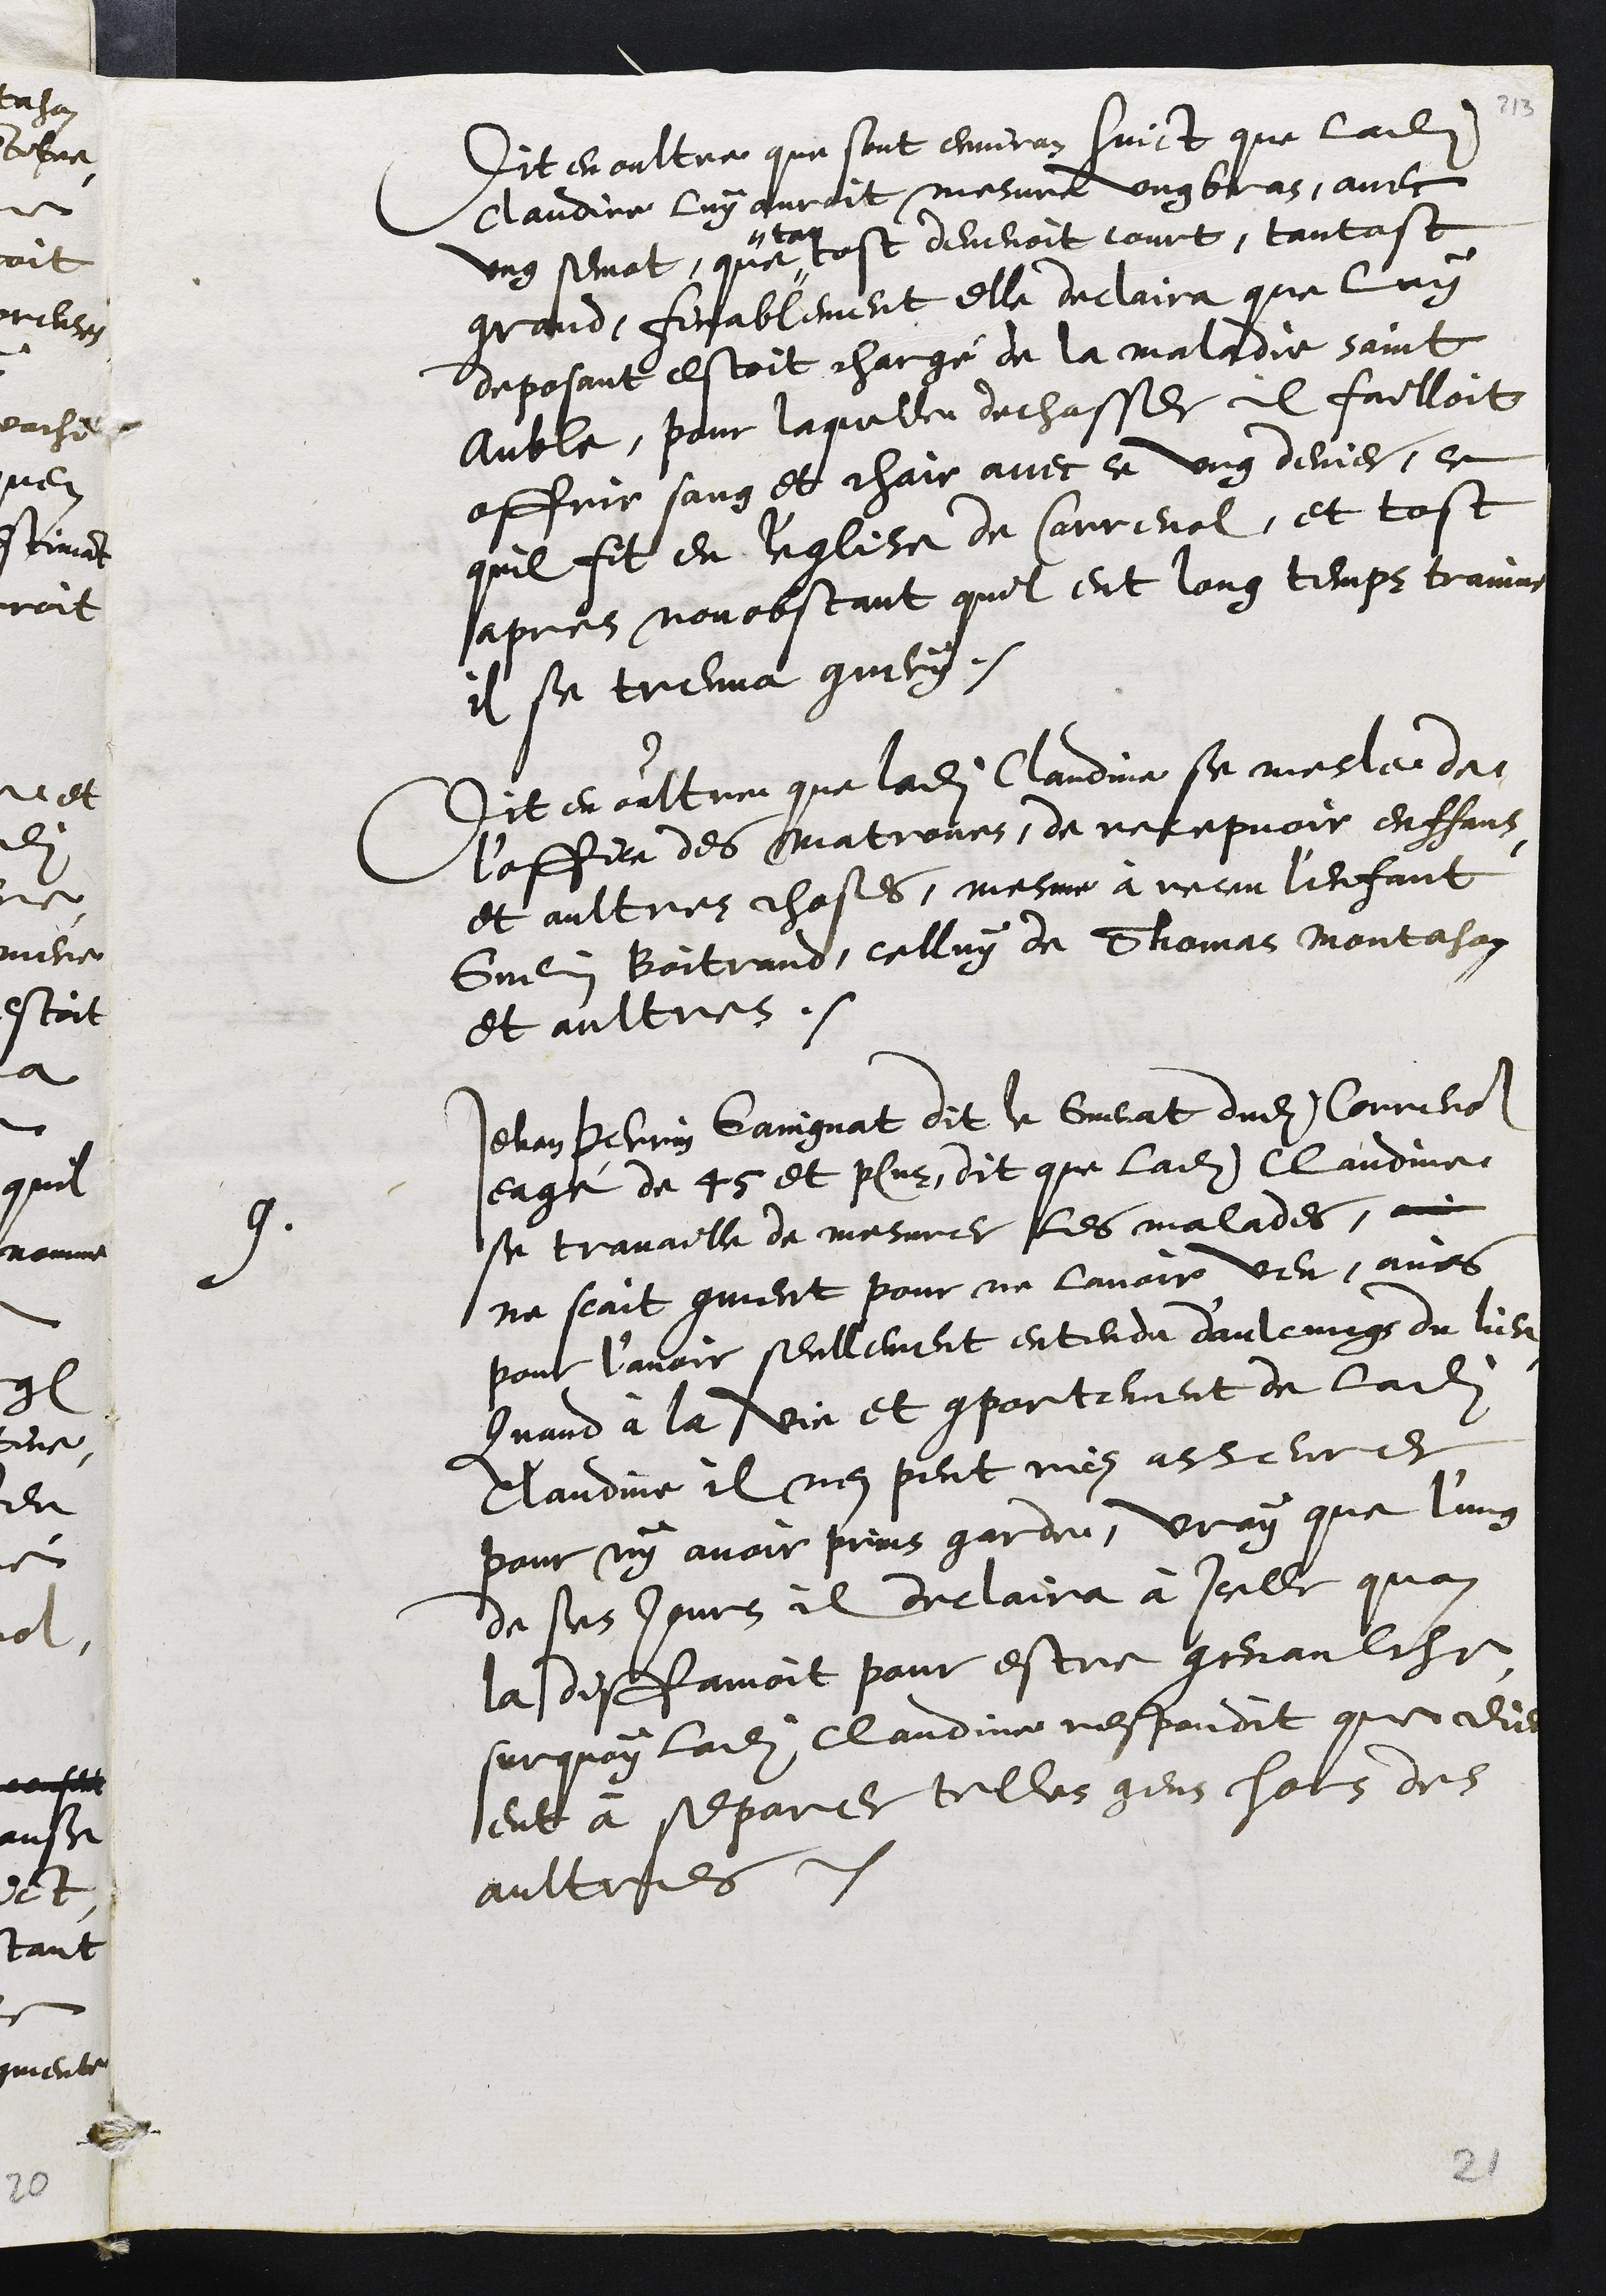
Dit en oultre que sont environ huict que ladite
Claudine luy auroit mesure ung bras, avec
ung semat, que #
# tan
tost devenoit court, tantost
grand, finablement elle declaira que luy
deposant estoit chargé de la maladie saint
Auble, pour laquelle dechasser Il failloit
affuir sang et chair avec ce ung denier, ce
quil fit en l'eglise de Correnol, et tost
apres nonobstant quil eut long temps trainne
il se treuva guery.
Dit en oultre que ladite Claudine se mesle de
l’office des matrones, de recepvoir enffans,
et aultres choses, mesme à receu l'enfant
Guenin Boitrand, celluy de Thomas Montahon
et aultres.
9.
Jehan Perrin Gaingnat dit le Guenat dudit Correnol
eagé de 45 et plus, dit que ladite Claudine
se travaille de mesurer les malades,
ne scait comment pour ne lavoir veu, ains
pour l'avoir seullement entendu d'aulcungs du lieu
Quand à la vie et comportement de ladite
Claudine il nen peut rien asseurer
pour ny avoir prins garde, vray que l'ung
de ses jours il declaira à icelle quon
la diffamoit pour estre genaulche
surquoy ladite Claudine respondit que dieu
eut à separer telles gens hors des
aultres
21